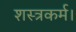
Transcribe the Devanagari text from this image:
शस्त्रकर्म।